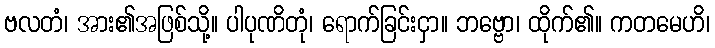
ဗလတံ၊ အား၏အဖြစ်သို့။ ပါပုဏိတုံ၊ ရောက်ခြင်းငှာ။ ဘဗ္ဗော၊ ထိုက်၏။ ကတမေဟိ၊